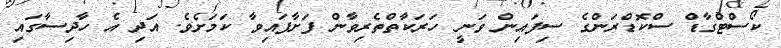
ކޯސްޓްގާޑް ސްކޮޑްރަންގެ ސިފައިން ވަނީ ހަރަކާތްތެރިވާން ފަށާފައިވާ ކަމަށެވެ. އަދި އެ ހާދިސާގައި